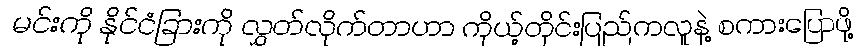
မင်းကို နိုင်ငံခြားကို လွှတ်လိုက်တာဟာ ကိုယ့်တိုင်းပြည်ကလူနဲ့ စကားပြောဖို့